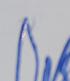
Signature authenticity: forged